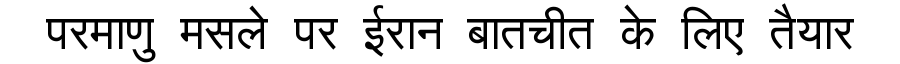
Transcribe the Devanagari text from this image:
परमाणु मसले पर ईरान बातचीत के लिए तैयार